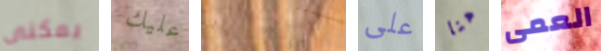
يمكنى عليك الخمسة على هنا العمى